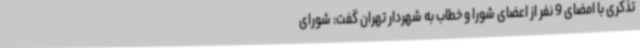
تذکری با امضای 9 نفر از اعضای شورا و خطاب به شهردار تهران گفت: شورای